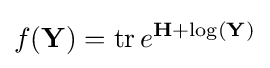
f(\mathbf {Y} )=\operatorname {tr} e^{\mathbf {H} +\log(\mathbf {Y} )}